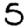
Digit: 5